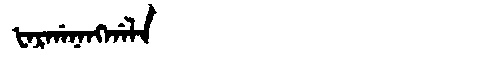
Manchu: ᡶᠠᡵᡤᠠᠨᠠᠩᡤᠠᠯᠠ
Romanization: FARGANANGGALA